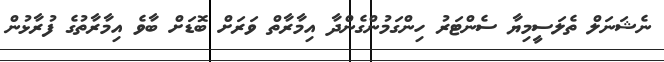
ނެޝަނަލް ތެލަސީމިޔާ ސެންޓަރު ހިންގަމުންގެންދާ އިމާރާތް ވަރަށް ބޮޑަށް ބާވެ އިމާރާތުގެ ފުރާޅުން